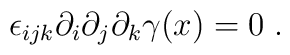
\epsilon _{ijk}\partial _{i}\partial _{j}\partial _{k}\gamma (x)=0\;.